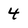
Character: 4